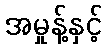
အမှုန့်နှင့်